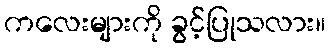
ကလေးများကို ခွင့်ပြုသလား။